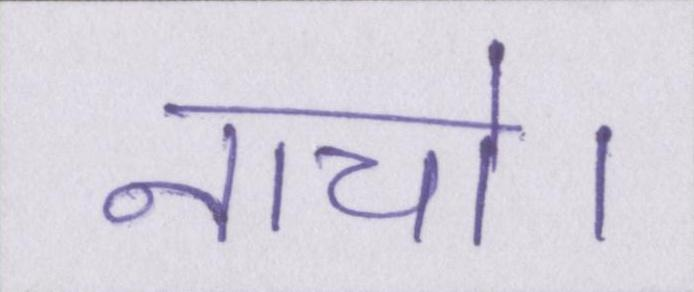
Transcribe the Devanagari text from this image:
नाचो।